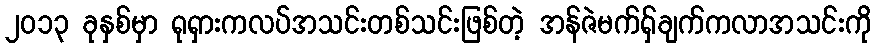
၂၀၁၃ ခုနှစ်မှာ ရုရှားကလပ်အသင်းတစ်သင်းဖြစ်တဲ့ အန်ဇဲမက်ရှ်ချက်ကလာအသင်းကို